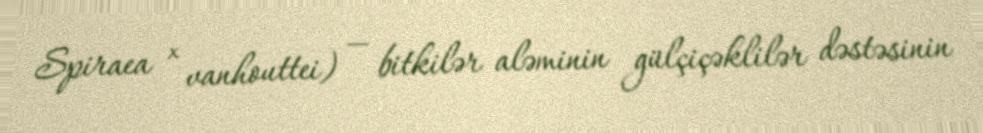
Spiraea × vanhouttei) — bitkilər aləminin gülçiçəklilər dəstəsinin